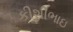
કીશીભાઇ